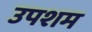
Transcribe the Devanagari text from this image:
उपशम